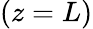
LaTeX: (z=L)